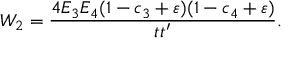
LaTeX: W _ { 2 } = \frac { 4 E _ { 3 } E _ { 4 } ( 1 - c _ { 3 } + \varepsilon ) ( 1 - c _ { 4 } + \varepsilon ) } { t t ^ { \prime } } .